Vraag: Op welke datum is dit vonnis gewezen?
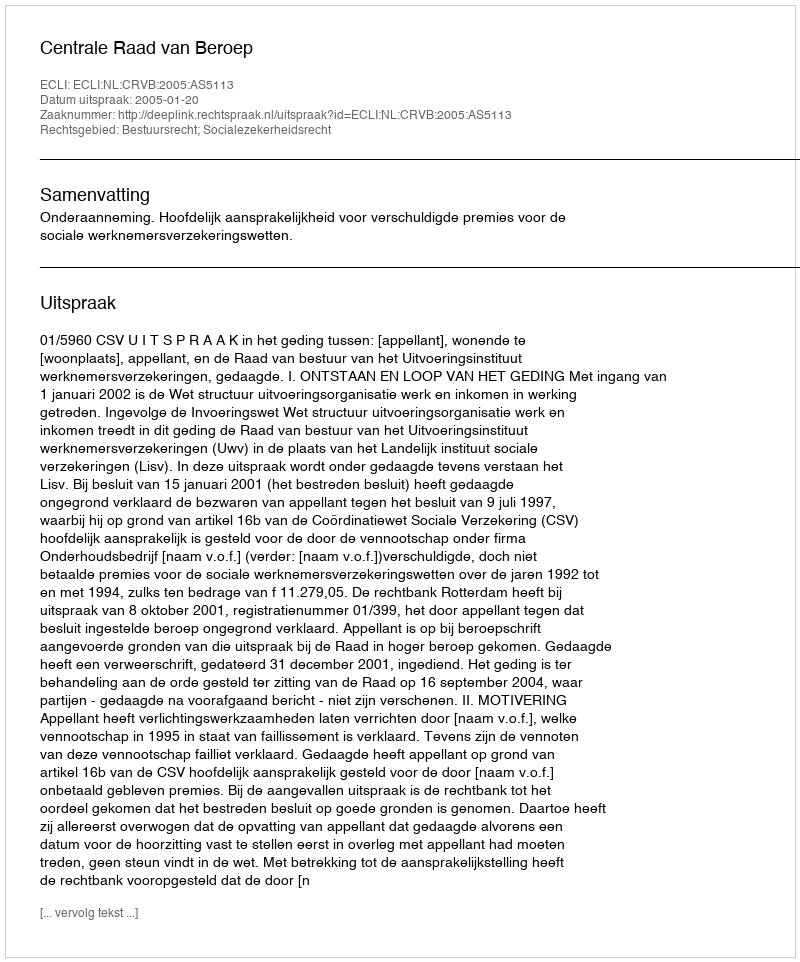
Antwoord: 2005-01-20